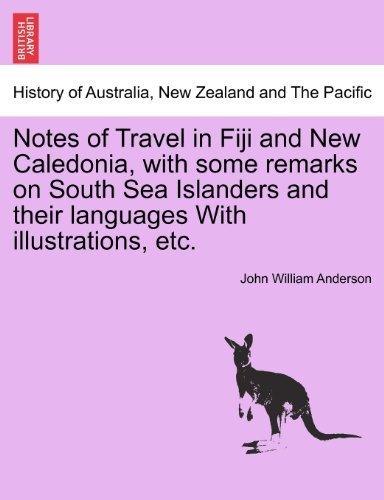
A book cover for Notes of Travel in Fiji and New Caledonia, with some remarks on South Sea Islanders and their languages With illustrations, etc. by Anderson, John William (2011) Paperback; Travel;